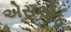
એસએફ